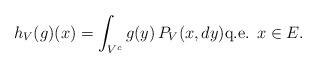
LaTeX: \begin{align*}h_V(g)(x)=\int_{V^c}g(y)\,P_V(x,dy)\mbox{q.e. }x\in E.\end{align*}